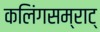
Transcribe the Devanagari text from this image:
कलिंगसम्राट्